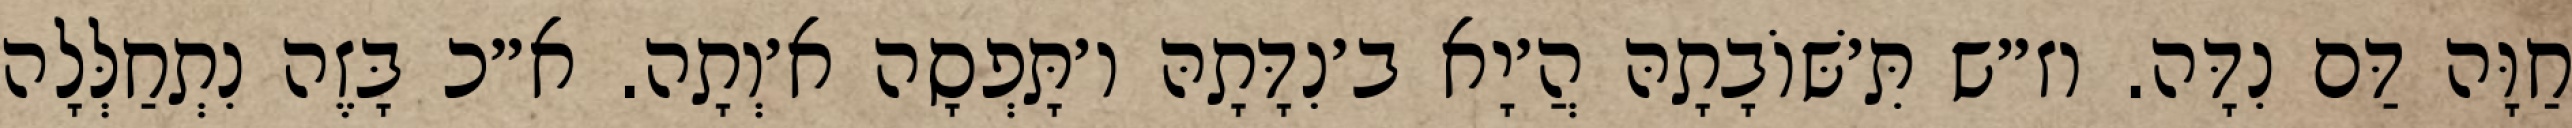
חַוָּה דַּם נִדָּה. וז״ש תִּ׳שּׁוֹבָתָהּ הֲ׳יָא ב׳נִדָּתָהּ ו׳תָּפְסָה א׳וְתָה. א״כ בָּזֶה נִתְחַלְּלָה